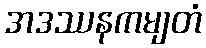
အဒဿနကမျတံ